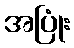
အပြုံး